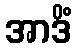
အာဒိံ